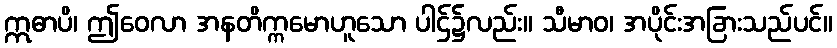
ဣဓာပိ၊ ဤဝေလာ အနတိက္ကမောဟူသော ပါဌ်၌လည်း။ သီမာဝ၊ အပိုင်းအခြားသည်ပင်။